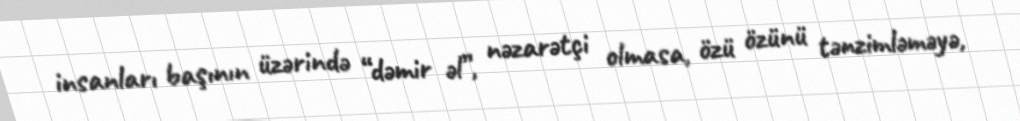
insanları başının üzərində “dəmir əl”, nəzarətçi olmasa, özü özünü tənzimləməyə,